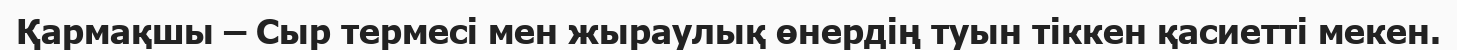
Қармақшы – Сыр термесі мен жыраулық өнердің туын тіккен қасиетті мекен.